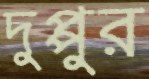
দুপ্পুর